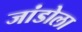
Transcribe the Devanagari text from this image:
जांडोला